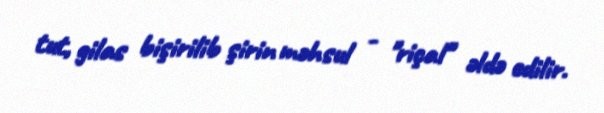
tut, gilas bişirilib şirin məhsul - "riçal" əldə edilir.